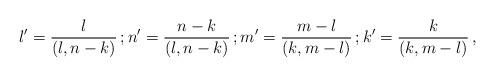
LaTeX: \begin{align*}l'=\frac{l}{(l,n-k)}\,; n'=\frac{n-k}{(l,n-k)}\,; m'=\frac{m-l}{(k,m-l)}\,; k'= \frac{k}{(k,m-l)}\,,\end{align*}